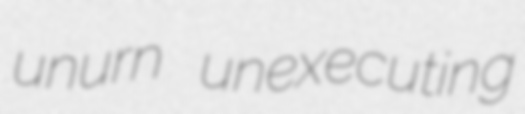
unurn unexecuting